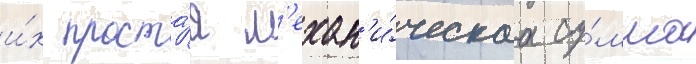
и́х проста́я м'ехан'и́ческаа су́мма